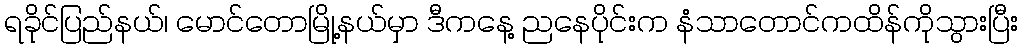
ရခိုင်ပြည်နယ်၊ မောင်တောမြို့နယ်မှာ ဒီကနေ့ ညနေပိုင်းက နံသာတောင်ကထိန်ကိုသွားပြီး